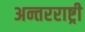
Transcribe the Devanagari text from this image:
अन्तरराष्ट्री